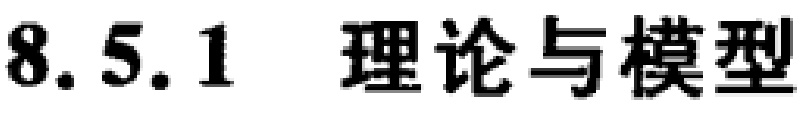
\textbf{8.5.1 理论与模型}